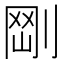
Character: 𠝾